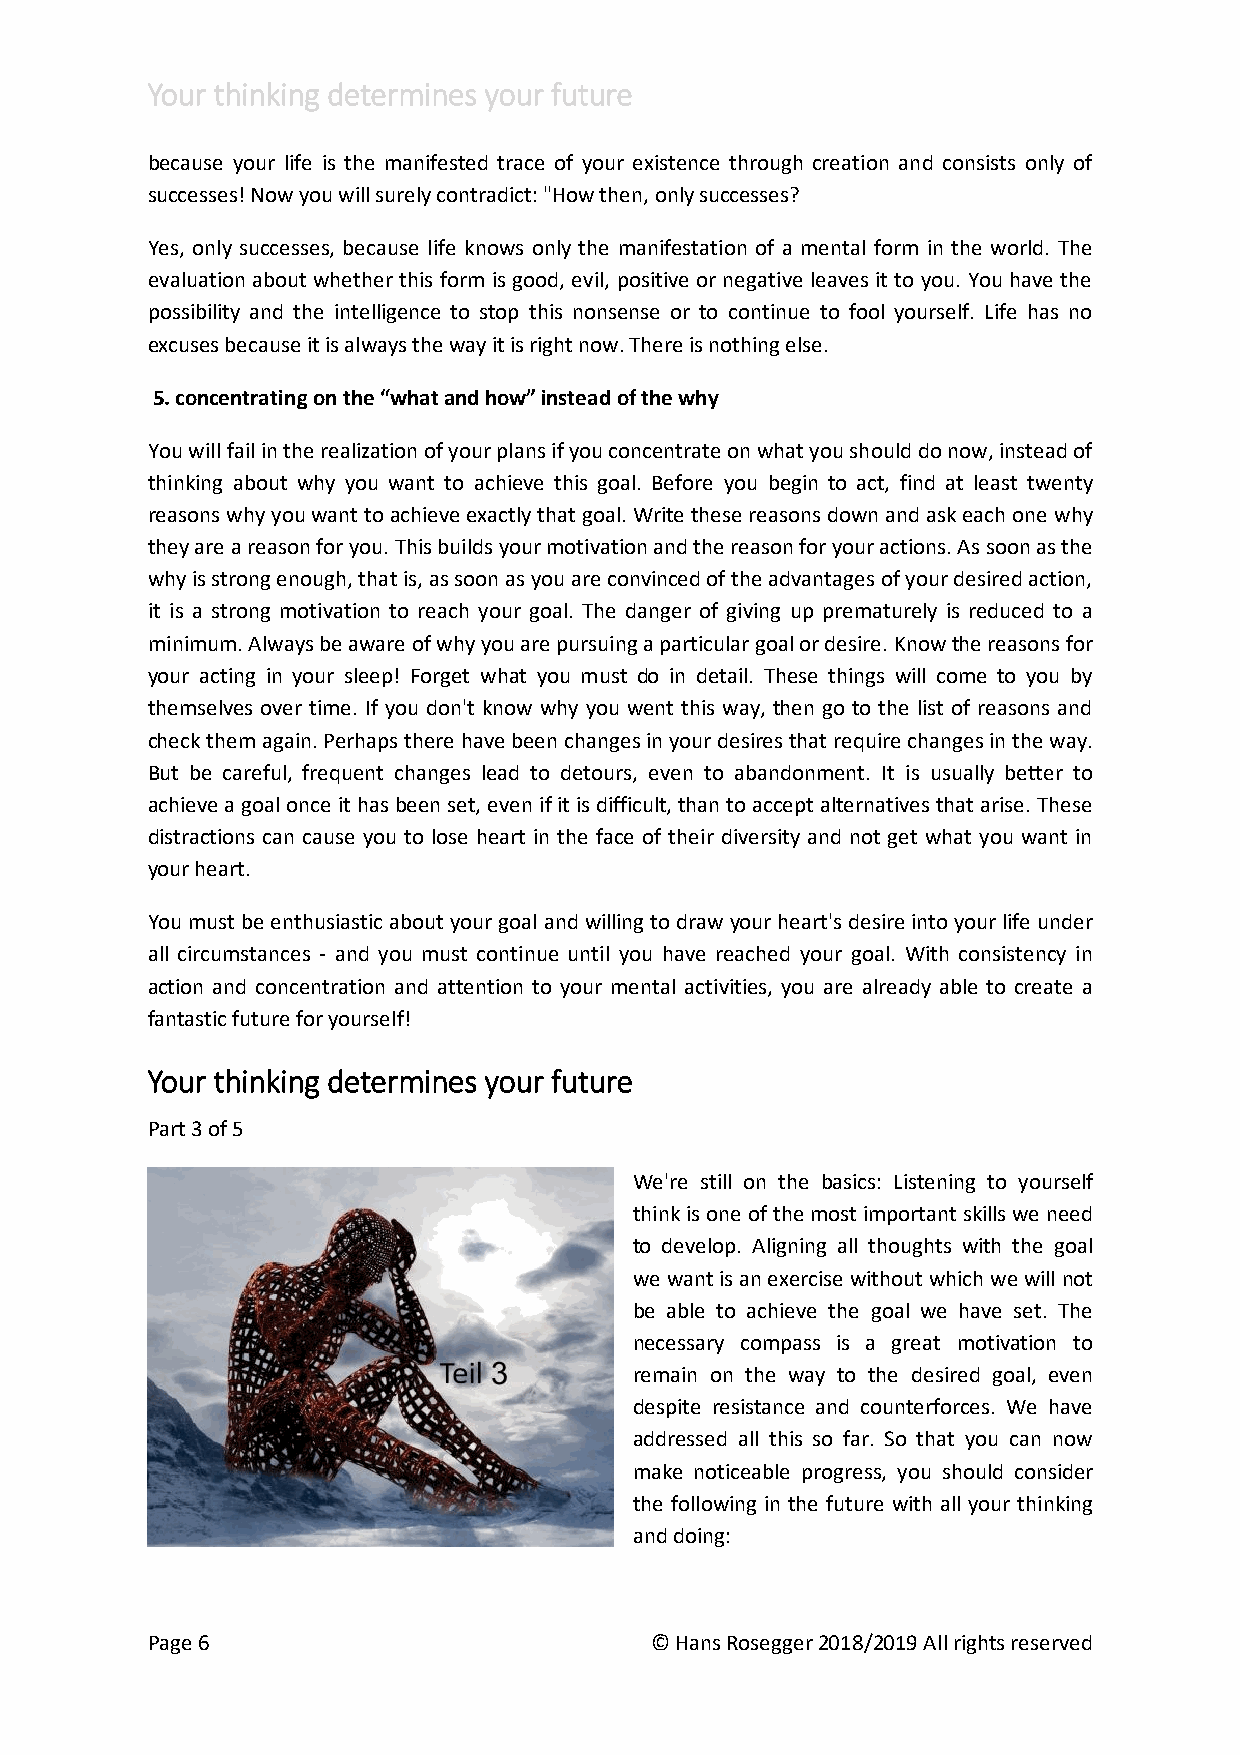
Your thinking determines your future
 because your life is the manifested trace of your existence through creation and consists only of
 successes! Now you will surely contradict: "How then, only successes?
 Yes, only successes, because life knows only the manifestation of a mental form in the world. The
 evaluation about whether this form is good, evil, positive or negative leaves it to you. You have the
 possibility and the intelligence to stop this nonsense or to continue to fool yourself. Life has no
 excuses because it is always the way it is right now. There is nothing else.
 5. concentrating on the “what and how” instead of the why
 You will fail in the realization of your plans if you concentrate on what you should do now, instead of
 thinking about why you want to achieve this goal. Before you begin to act, find at least twenty
 reasons why you want to achieve exactly that goal. Write these reasons down and ask each one why
 they are a reason for you. This builds your motivation and the reason for your actions. As soon as the
 why is strong enough, that is, as soon as you are convinced of the advantages of your desired action,
 it is a strong motivation to reach your goal. The danger of giving up prematurely is reduced to a
 minimum. Always be aware of why you are pursuing a particular goal or desire. Know the reasons for
 your acting in your sleep! Forget what you must do in detail. These things will come to you by
 themselves over time. If you don't know why you went this way, then go to the list of reasons and
 check them again. Perhaps there have been changes in your desires that require changes in the way.
 But be careful, frequent changes lead to detours, even to abandonment. It is usually better to
 achieve a goal once it has been set, even if it is difficult, than to accept alternatives that arise. These
 distractions can cause you to lose heart in the face of their diversity and not get what you want in
 your heart.
 You must be enthusiastic about your goal and willing to draw your heart's desire into your life under
 all circumstances - and you must continue until you have reached your goal. With consistency in
 action and concentration and attention to your mental activities, you are already able to create a
 fantastic future for yourself!
 Your thinking determines your future
 Part 3 of 5
 We're still on the basics: Listening to yourself
 think is one of the most important skills we need
 to develop. Aligning all thoughts with the goal
 we want is an exercise without which we will not
 be able to achieve the goal we have set. The
 necessary compass is a great motivation to
 remain on the way to the desired goal, even
 despite resistance and counterforces. We have
 addressed all this so far. So that you can now
 make noticeable progress, you should consider
 the following in the future with all your thinking
 and doing:
 Page 6                           © Hans Rosegger 2018/2019 All rights reserved